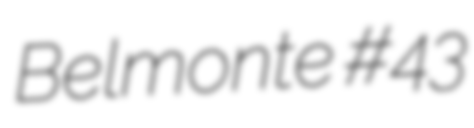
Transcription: Belmonte #43